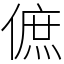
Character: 𠌮